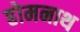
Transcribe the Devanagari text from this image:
होमनाथ